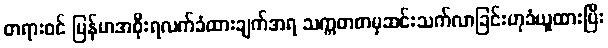
တရားဝင် မြန်မာအစိုးရလက်ခံထားချက်အရ သက္ကတစာမှဆင်းသက်လာခြင်းဟုခံယူထားပြီး